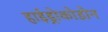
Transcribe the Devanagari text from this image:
हाईड्रोकोडोन